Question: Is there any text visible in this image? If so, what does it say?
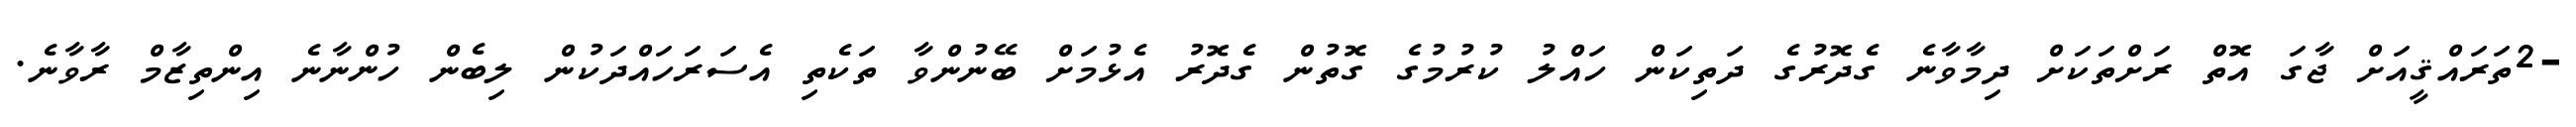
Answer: -2ތަރައްޤީއަށް ޖާގަ އޮތް ރަށްތަކަށް ދިމާވާނެ ގެދޮރުގެ ދަތިކަން ހައްލު ކުރުމުގެ ގޮތުން ގެދޮރު އެޅުމަށް ބޭނުންވާ ތަކެތި އެސަރަހައްދަކުން ލިބެން ހުންނާނެ އިންތިޒާމް ރާވާނެ.